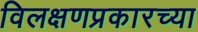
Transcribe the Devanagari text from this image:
विलक्षणप्रकारच्या